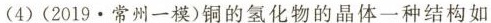
(4)(2019.常州一模)铜的氢化物的晶体一种结构如